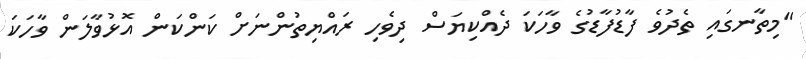
"މިތާނގައި ތެދުވެ ފާޑުފާޑުގެ ވާހަކަ ދެއްކިޔަސް ދިވެހި ރައްޔިތުންނަށް ކަންކަން އޮޅުވާލަން ވާހަކަ